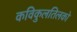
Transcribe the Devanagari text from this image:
कविकुलतिलको